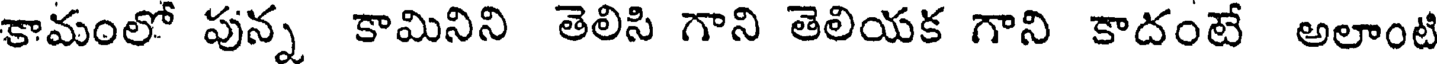
కామంలో పున్న కామినిని తెలిసి గాని తెలియక గాని కాదంటే అలాంటి